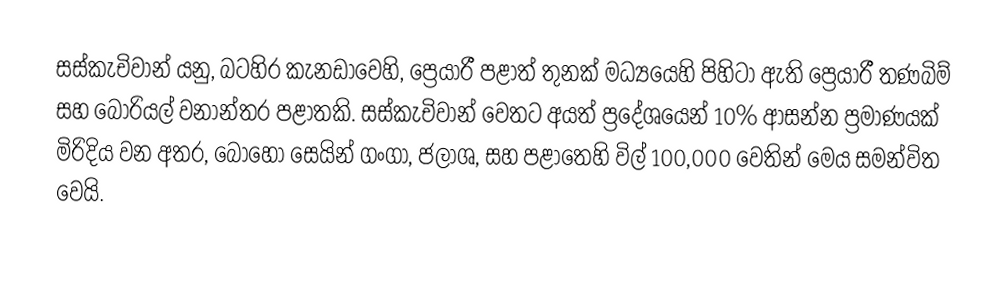
සස්කැචිවාන් යනු, බටහිර කැනඩාවෙහි,  ප්‍රෙයාරී පළාත් තුනක් මධ්‍යයෙහි පිහිටා ඇති  ප්‍රෙයාරී තණබිම් සහ බෝරියල් වනාන්තර පළාතකි. සස්කැචිවාන් වෙතට අයත්  ප්‍රදේශයෙන් 10% ආසන්න ප්‍රමාණයක් මිරිදිය වන අතර, බොහෝ සෙයින් ගංගා, ජලාශ, සහ පළාතෙහි විල් 100,000 වෙතින් මෙය සමන්විත වෙයි.